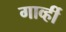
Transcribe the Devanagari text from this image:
गार्व्ही